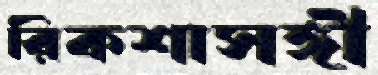
রিকশাসঙ্গী